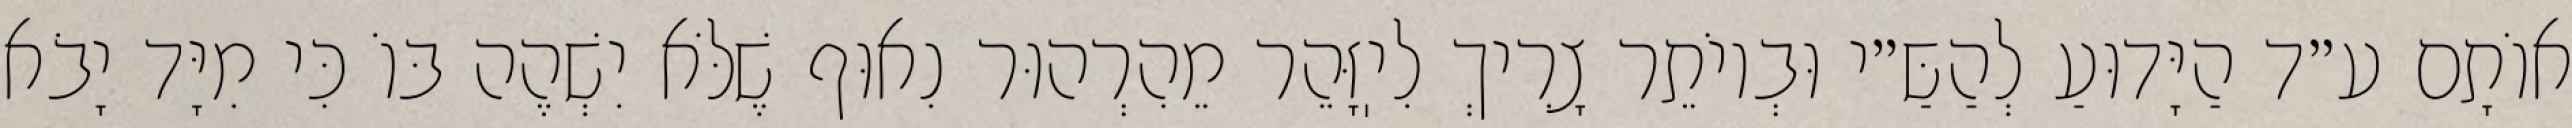
אוֹתָם ע״ד הַיָּדוּעַ לְהַשַּ״י וּבְיוֹתֵר צָרִיךְ לִיֽזָּהֵר מֵהִרְהוּר נִאוּף שֶׁלֹּא יִשְׁהֶה בּוֹ כִּי מִיָּד יָבֹא